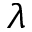
\lambda